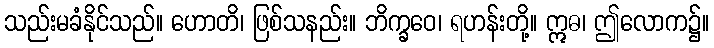
သည်းမခံနိုင်သည်။ ဟောတိ၊ ဖြစ်သနည်း။ ဘိက္ခဝေ၊ ရဟန်းတို့။ ဣဓ၊ ဤလောက၌။